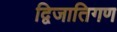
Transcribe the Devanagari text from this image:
द्विजातिगण